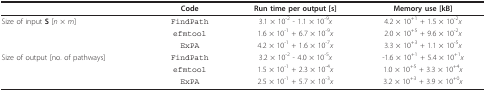
|  | Code | Run time per output [s] | Memory use [kB] |
 | --- | --- | --- | --- |
 | Size of input S [n × m] | FindPath | 3.1 × 10-2 - 1.1 × 10-9x | 4.2 × 10+1 + 1.5 × 10-2x |
 |  | efmtool | 1.6 × 10-1 + 6.7 × 10-9x | 2.0 × 10+5 + 9.6 × 10-2x |
 |  | ExPA | 4.2 × 10-1 + 1.6 × 10-7x | 3.3 × 10+3 + 1.1 × 10-5x |
 | Size of output [no. of pathways] | FindPath | 3.2 × 10-2 - 4.0 × 10-5x | -1.6 × 10+1 + 5.4 × 10+1x |
 |  | efmtool | 1.5 × 10-1 + 2.3 × 10-4x | 1.0 × 10+5 + 3.3 × 10+4x |
 |  | ExPA | 2.5 × 10-1 + 5.7 × 10-3x | 3.2 × 10+3 + 3.9 × 10+0x |